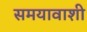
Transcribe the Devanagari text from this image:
समयावाशी